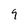
Character: 9